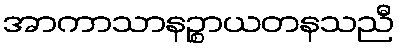
အာကာသာနဉ္စာယတနသညီ